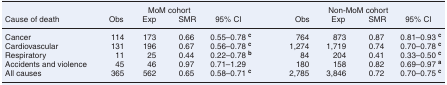
<table><thead><tr><td></td><td colspan="4"><b>MoM cohort</b></td><td colspan="4"><b>Non-MoM cohort</b></td></tr><tr><td><b>Cause of death</b></td><td><b>Obs</b></td><td><b>Exp</b></td><td><b>SMR</b></td><td><b>95% CI</b></td><td><b>Obs</b></td><td><b>Exp</b></td><td><b>SMR</b></td><td><b>95% CI</b></td></tr></thead><tbody><tr><td>Cancer</td><td>114</td><td>173</td><td>0.66</td><td>0.55–0.78 <b><sup>c</sup></b></td><td>764</td><td>873</td><td>0.87</td><td>0.81–0.93 <b><sup>c</sup></b></td></tr><tr><td>Cardiovascular</td><td>131</td><td>196</td><td>0.67</td><td>0.56–0.78 <b><sup>c</sup></b></td><td>1,274</td><td>1,719</td><td>0.74</td><td>0.70–0.78 <b><sup>c</sup></b></td></tr><tr><td>Respiratory</td><td>11</td><td>25</td><td>0.44</td><td>0.22–0.78 <b><sup>b</sup></b></td><td>84</td><td>204</td><td>0.41</td><td>0.33–0.50 <b><sup>c</sup></b></td></tr><tr><td>Accidents and violence</td><td>45</td><td>46</td><td>0.97</td><td>0.71–1.29</td><td>180</td><td>158</td><td>0.82</td><td>0.69–0.97 <b><sup>a</sup></b></td></tr><tr><td>All causes</td><td>365</td><td>562</td><td>0.65</td><td>0.58–0.71 <b><sup>c</sup></b></td><td>2,785</td><td>3,846</td><td>0.72</td><td>0.70–0.75 <b><sup>c</sup></b></td></tr></tbody></table>